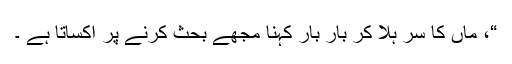
“، ماں کا سر ہلا کر بار بار کہنا مجھے بحث کرنے پر اکساتا ہے ۔